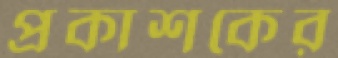
প্রকাশকের